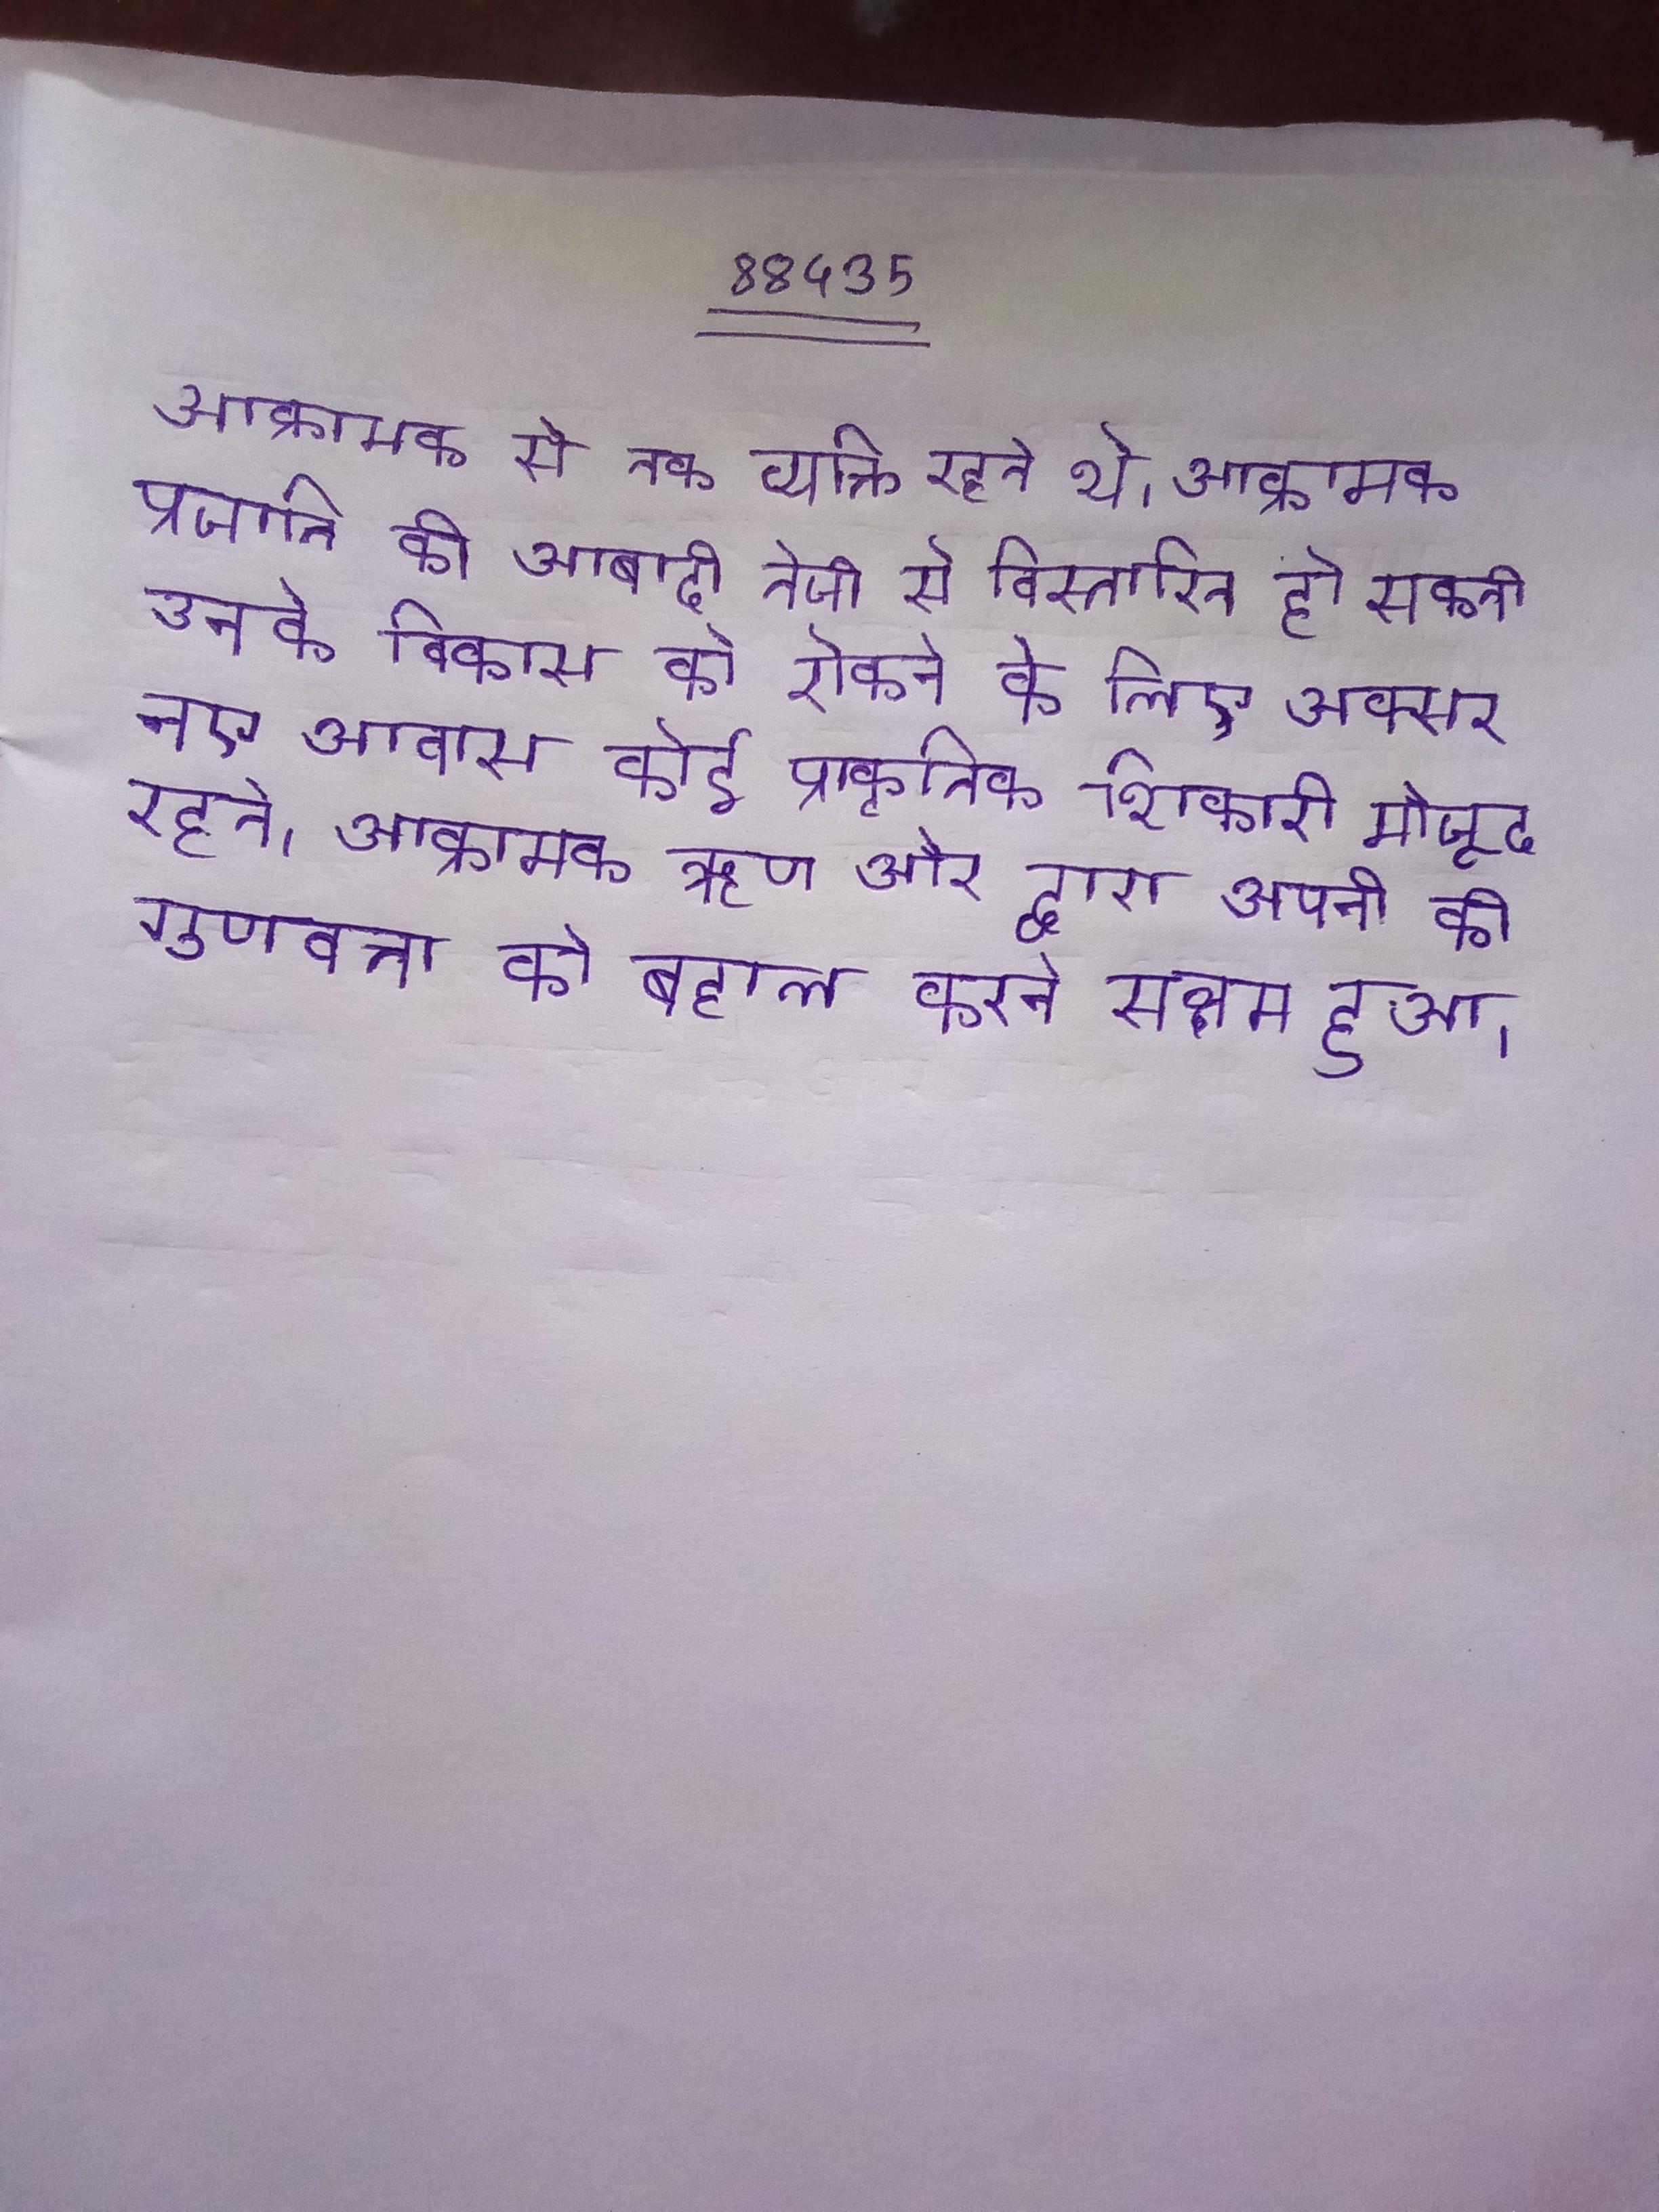
आक्रामक से तक व्यक्ति रहते थे । आक्रामक प्रजाति की आबादी तेजी से विस्तारित हो सकती उनके विकास को रोकने के लिए अक्सर नए आवास कोई प्राकृतिक शिकारी मौजूद रहते । आक्रामक ऋण और द्वारा अपनी की गुणवत्ता को बहाल करने सक्षम हुआ ।